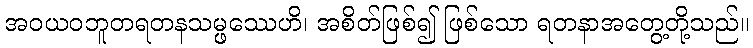
အဝယဝဘူတရတနသမ္ဖဿေဟိ၊ အစိတ်ဖြစ်၍ ဖြစ်သော ရတနာအတွေ့တို့သည်။